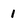
Character: 1